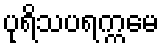
ပုရိသပရက္ကမေ